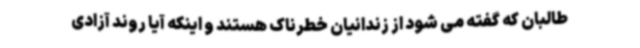
طالبان که گفته می شود از زندانیان خطرناک هستند و اینکه آیا روند آزادی